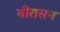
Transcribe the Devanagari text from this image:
बीरासन